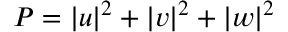
P = | u | ^ { 2 } + | v | ^ { 2 } + | w | ^ { 2 }